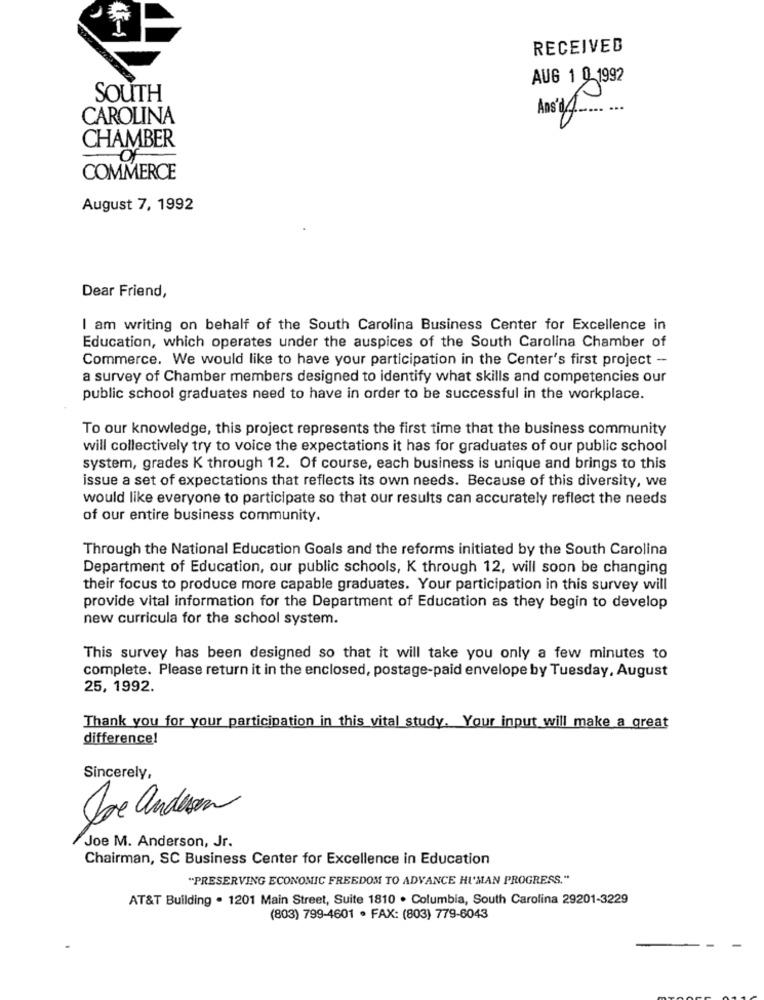
4-
RECEIVED
AUG 1 0 1992
SOUTH
Ans 10
CAROLINA
CHAMBER
of
COMMERCE
August 7, 1992
Dear Friend,
I am writing on behalf of the South Carolina Business Center for Excellence in
Education, which operates under the auspices of the South Carolina Chamber of
Commerce. We would like to have your participation in the Center's first project -
a survey of Chamber members designed to identify what skills and competencies our
public school graduates need to have in order to be successful in the workplace.
To our knowledge, this project represents the first time that the business community
will collectively try to voice the expectations it has for graduates of our public school
system, grades K through 12. Of course, each business is unique and brings to this
issue a set of expectations that reflects its own needs. Because of this diversity, we
would like everyone to participate so that our results can accurately reflect the needs
of our entire business community.
Through the National Education Goals and the reforms initiated by the South Carolina
Department of Education, our public schools, K through 12, will soon be changing
their focus to produce more capable graduates. Your participation in this survey will
provide vital information for the Department of Education as they begin to develop
new curricula for the school system.
This survey has been designed so that it will take you only a few minutes to
complete. Please return it in the enclosed, postage-paid envelope by Tuesday, August
25, 1992.
Thank you for your participation in this vital study. Your input will make a great
difference!
Sincerely,
Je andron
Joe M. Anderson, Jr.
Chairman, SC Business Center for Excellence in Education
"PRESERVING ECONOMIC FREEDOM TO ADVANCE HUMAN PROGRESS."
AT&T Building . 1201 Main Street, Suite 1810 . Columbia, South Carolina 29201-3229
(803) 799-4601 · FAX: (803) 779-6043